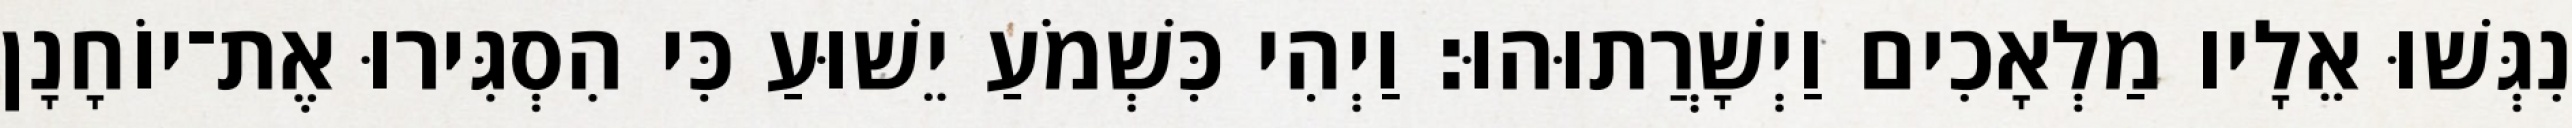
נִגְּשׁוּ אֵלָיו מַלְאָכִים וַיְשָׁרֲתוּהוּ׃ וַיְהִי כִּשְׁמֹעַ יֵשׁוּעַ כִּי הִסְגִּירוּ אֶת־יוֹחָנָן